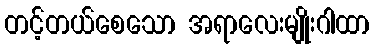
တင့်တယ်စေသော အရာလေးမျိုးဂါထာ